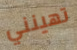
تهينني